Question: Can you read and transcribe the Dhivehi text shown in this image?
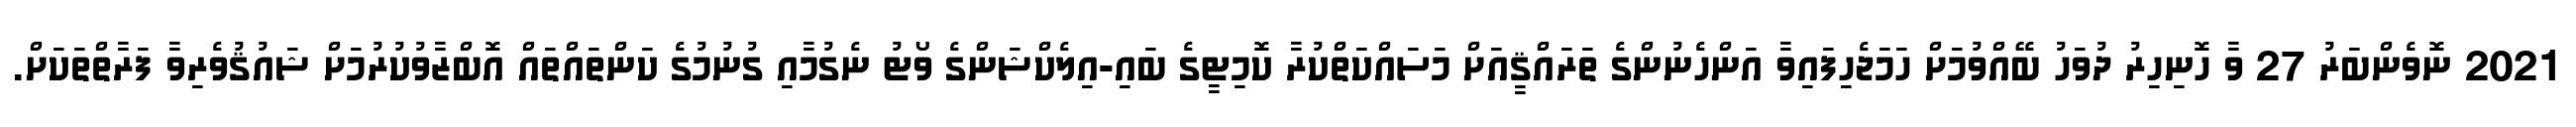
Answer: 2021 ނޮވެންބަރު 27 ވާ ހޮނިހިރު ދުވަހު ބޭއްވުމަށް ހަމަޖެހިފައިވާ އަންހެނުންގެ ތަރައްޤީއަށް މަސައްކަތްކުރާ ކޮމިޓީގެ ބައި-އިލެކްޝަންގެ ވޯޓު ނެގުމާއި ގުނުމުގެ ކަންތައްތައް އޮބްޒާވުކުރުމަށް ޝައުޤުވެރިވާ ފަރާތްތަކަށް.